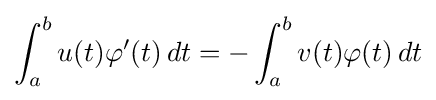
\int _{a}^{b}u(t)\varphi '(t)\,dt=-\int _{a}^{b}v(t)\varphi (t)\,dt